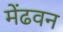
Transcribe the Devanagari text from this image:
मेंढवन